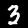
Digit: 3